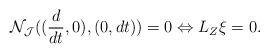
LaTeX: \begin{align*}\mathcal{N}_{\mathcal{J}}((\frac{d}{d t},0), (0,dt))=0 \Leftrightarrow L_Z\mathcal{\xi}=0.\end{align*}